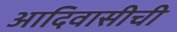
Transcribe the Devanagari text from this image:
आदिवासीची